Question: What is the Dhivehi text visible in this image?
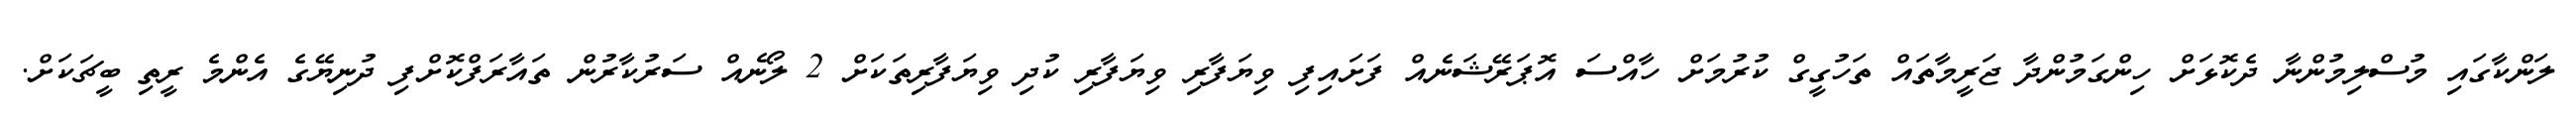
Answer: ލަންކާގައި މުސްލިމުންނާ ދެކޮޅަށް ހިންގަމުންދާ ޖަރީމާތައް ތަހުގީގް ކުރުމަށް ހާއްސަ އޮޕަރޭޝަނެއް ފަށައިފި ވިޔަފާރި ވިޔަފާރި ކުދި ވިޔަފާރިތަކަށް 2 ލޯނެއް ސަރުކާރުން ތައާރަފްކޮށްފި ދުނިޔޭގެ އެންމެ ރީތި ބީޗަކަށް.